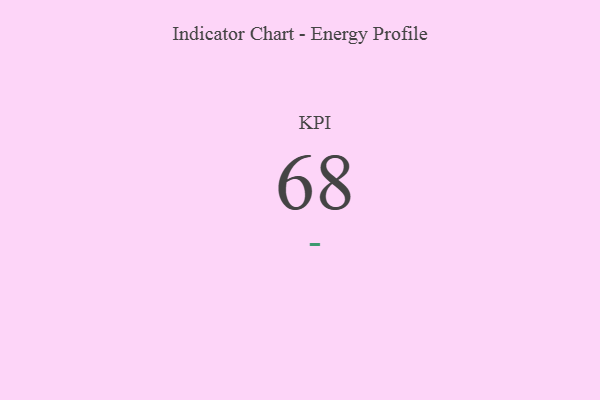
{"axis": {"x": "KPI", "y": "Value"}, "legend": [""], "data": [{"x": "KPI", "y": 68, "type": ""}]}